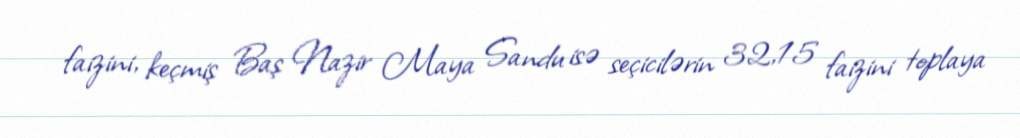
faizini, keçmiş Baş Nazir Maya Sandu isə seçicilərin 32,15 faizini toplaya